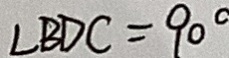
\angle B D C = 9 0 ^ { \circ }